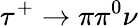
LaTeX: \tau^{+}\to\pi\pi^{0}\nu